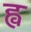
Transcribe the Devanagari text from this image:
ह्व